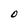
Character: O